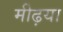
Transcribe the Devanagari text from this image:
मीढ़या